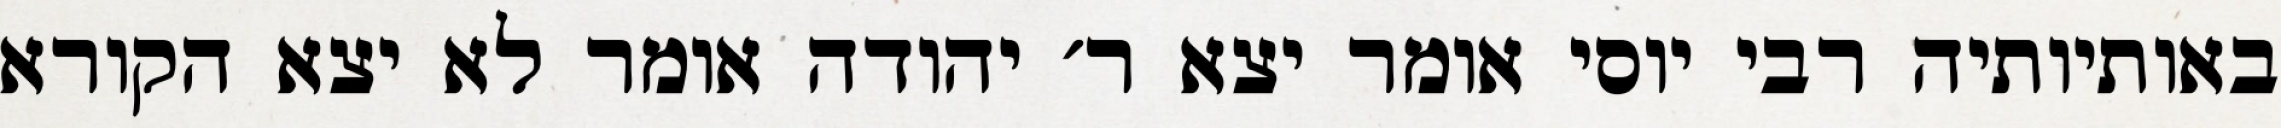
באותיותיה רבי יוסי אומר יצא ר׳ יהודה אומר לא יצא הקורא